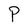
Character: P